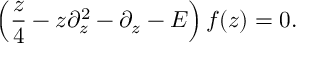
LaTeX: \left( { \frac { z } { 4 } } - z \partial _ { z } ^ { 2 } - \partial _ { z } - E \right) f ( z ) = 0 .